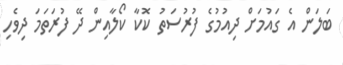
ބަލަން އެ ގައުމަށް ދިއުމުގެ ފުރުސަތު ކޮކާ ކޯލާއިން ދޭ ފުރަތަމަ ދިވެހި